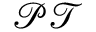
\mathcal { P T }